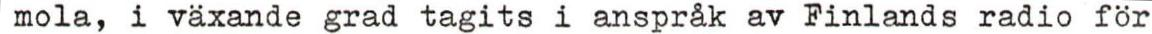
mola, i växande grad tagits i anspråk av Finlands radio för